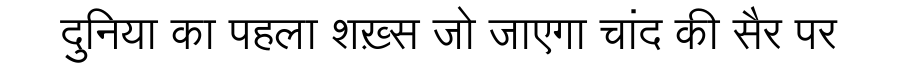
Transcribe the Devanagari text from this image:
दुनिया का पहला शख़्स जो जाएगा चांद की सैर पर